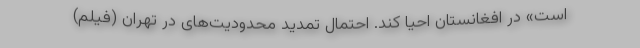
است» در افغانستان احیا کند. احتمال تمدید محدودیت‌های در تهران (فیلم)